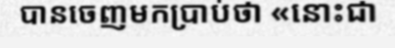
បានចេញមកប្រាប់ថា «នោះជា